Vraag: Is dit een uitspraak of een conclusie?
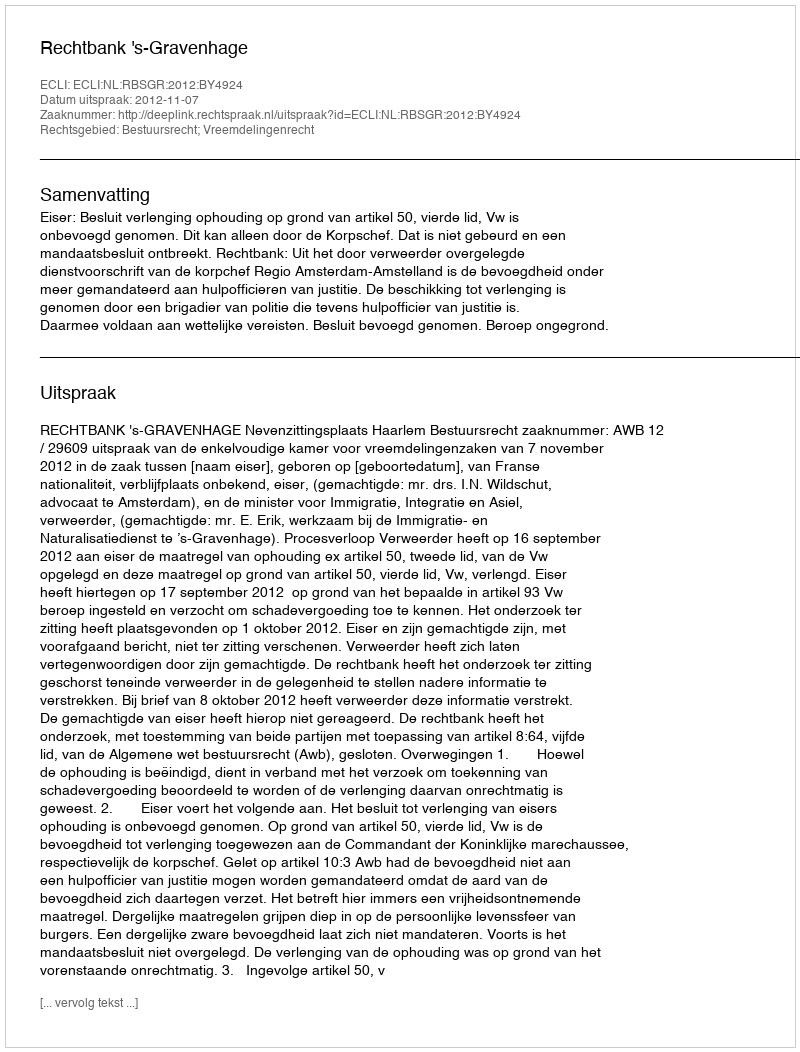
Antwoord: Uitspraak